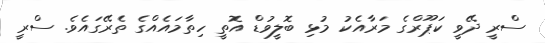
ސްރީ ދޭވީ ކަޕޫރްގެ މަރާއެކު މުޅި ބޮލީވުޑް އޮތީ ހިތާމައެއްގެ ތެރޭގައެވެ. ސްރީ